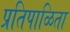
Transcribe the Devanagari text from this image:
प्रतिपाळिता